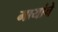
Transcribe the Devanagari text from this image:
मायांचे